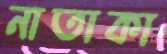
নাতাকা